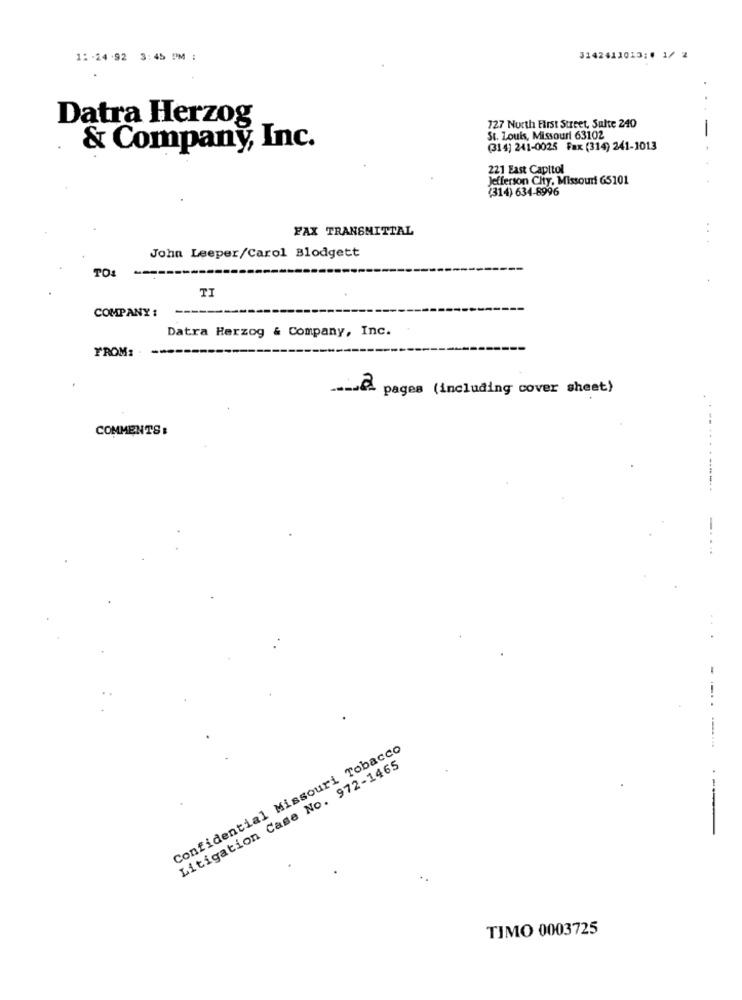
11 -24 .92 3:45 PM :
3142411013;4 1/ 2
Datra Herzog
727 North First Street, Sulte 240
St. Louis, Missouri 63102
& Company, Inc.
(314) 241-0025 Fax (314) 241-1013
221 East Capitol
Jefferson City, Missouri 65101
(314) 634-8996
FAX TRANSMITTAL
...
John Leeper/Carol Blodgett
TO:
TI
COMPANY :
Datra Herzog & Company, Inc.
FROM:
~2
pages (including cover sheet)
COMMENTS :
Confidential Missouri Tobacco
..-
Litigation Case No. 972-1465
TIMO 0003725